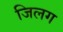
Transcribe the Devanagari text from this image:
जिलग